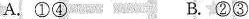
A.①④ B.②③